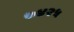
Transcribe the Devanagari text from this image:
७४२५